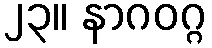
၂၃။ နာဂဝဂ္ဂ